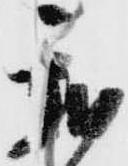
我